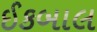
ઈકબાલ